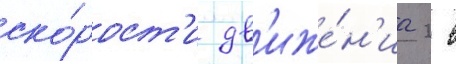
ско́рост'и дв'иже́н'иа 2 в